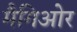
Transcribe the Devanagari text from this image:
मैगिओर